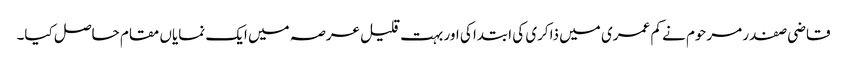
قاضی صفدر مرحوم نے کم عمری میں ذاکری کی ابتدا کی اور بہت قلیل عرصہ میں ایک نمایاں مقام حاصل کیا۔